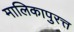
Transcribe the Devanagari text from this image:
मालिकापुरत्त